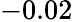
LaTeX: -0.02